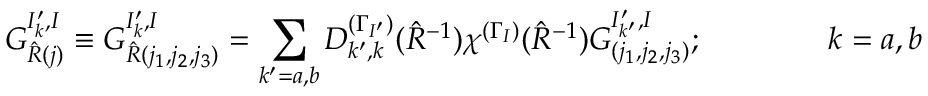
G _ { \hat { R } ( j ) } ^ { I _ { k } ^ { \prime } , I } \equiv G _ { \hat { R } ( j _ { 1 } , j _ { 2 } , j _ { 3 } ) } ^ { I _ { k } ^ { \prime } , I } = \sum _ { k ^ { \prime } = a , b } D _ { k ^ { \prime } , k } ^ { ( \Gamma _ { I ^ { \prime } } ) } ( \hat { R } ^ { - 1 } ) \chi ^ { ( \Gamma _ { I } ) } ( \hat { R } ^ { - 1 } ) G _ { ( j _ { 1 } , j _ { 2 } , j _ { 3 } ) } ^ { I _ { k ^ { \prime } } ^ { \prime } , I } ; \qquad \qquad k = a , b